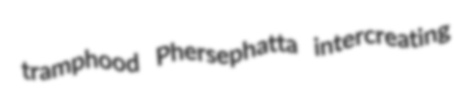
tramphood Phersephatta intercreating